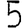
Digit: 5